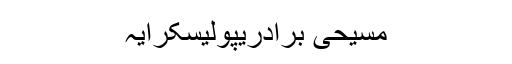
مسیحی برادریپولیسکرایہ